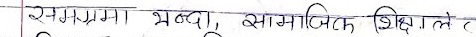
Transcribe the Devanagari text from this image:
स्वभाव, श्रद्धा, सामाजिक शिक्षितले